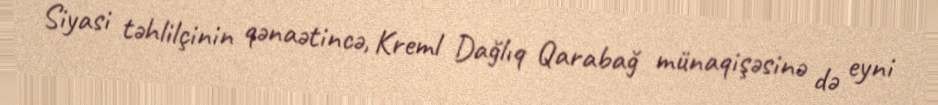
Siyasi təhlilçinin qənaətincə, Kreml Dağlıq Qarabağ münaqişəsinə də eyni